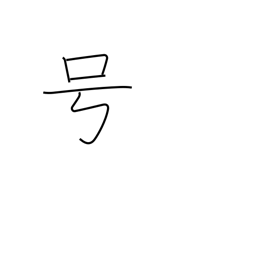
Meaning: nickname